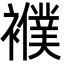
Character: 襥